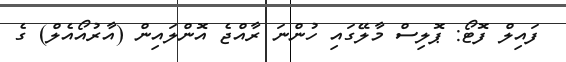
ފައިލް ފޮޓޯ: ޕޮލިސް މާލޭގައި ހުންނަ ރާއްޖެ އޮންލައިން (އާރުއޯއެލް) ގެ